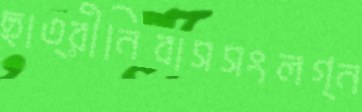
ছাত্রীনিবাসসংলগ্ন